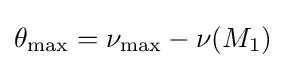
\theta _{\text{max}}=\nu _{\text{max}}-\nu (M_{1})